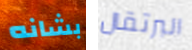
بشانه البرتقال